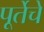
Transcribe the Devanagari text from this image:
पूर्तेचे